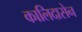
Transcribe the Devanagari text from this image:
कालिदासेन